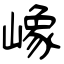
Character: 嶑